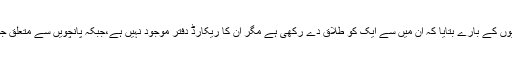
موقف کے لیے رابطہ پر راشد منیر نے چار بیویوں کے بارے بتایا کہ ان میں سے ایک کو طلاق دے رکھی ہے مگر ان کا ریکارڈ دفتر موجود نہیں ہے،جبکہ پانچویں سے متعلق جواب دیا کہ اگر ہوئی تو وہ بھی سامنے آجائیگی ۔